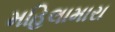
મહિલામારા